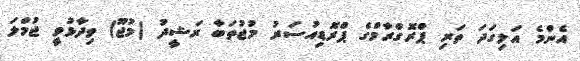
އެންމެ އަލިގަދަ ތަރި ޕްރޮގްރާމްގެ ޕްރޮޑިއުސަރު މުޖުތަބާ ރަޝީދު (މުޖޫ) ވިދާޅުވީ ޖުމްލަ